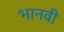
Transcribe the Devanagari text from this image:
भानवी